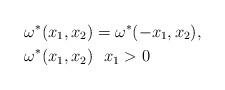
LaTeX: \begin{align*} & \omega^{*}(x_{1},x_{2})=\omega^{*}(-x_{1},x_{2}),\\& \omega^{*}(x_{1},x_{2})\ \ x_{1}>0\end{align*}